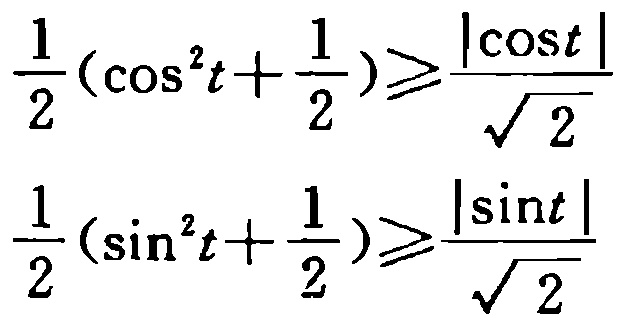
\[\frac{1}{2}(\cos^{2}t+\frac{1}{2})\geqslant\frac{|\cos t|}{\sqrt{2}}\]
\[\frac{1}{2}(\sin^{2}t+\frac{1}{2})\geqslant\frac{|\sin t|}{\sqrt{2}}\]